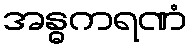
အန္ဓကရဏံ